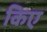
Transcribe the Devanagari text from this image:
किए